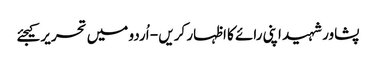
پشاورشہید اپنی رائے کا اظہار کریں - اُردو میں تحریر کیجئے